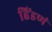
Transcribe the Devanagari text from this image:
हिंडणं